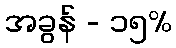
အခွန် - ၁၅%